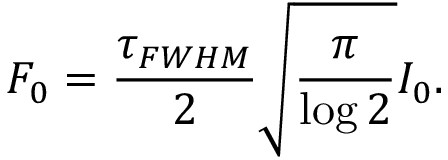
F _ { 0 } = \frac { \tau _ { F W H M } } { 2 } \sqrt { \frac { \pi } { \log 2 } } I _ { 0 } .